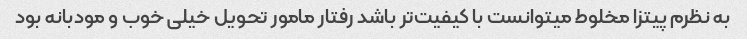
به نظرم پیتزا مخلوط میتوانست با کیفیت‌تر باشد رفتار مامور تحویل خیلی خوب و مودبانه بود